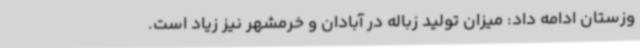
وزستان ادامه داد: میزان تولید زباله در آبادان و خرمشهر نیز زیاد است.